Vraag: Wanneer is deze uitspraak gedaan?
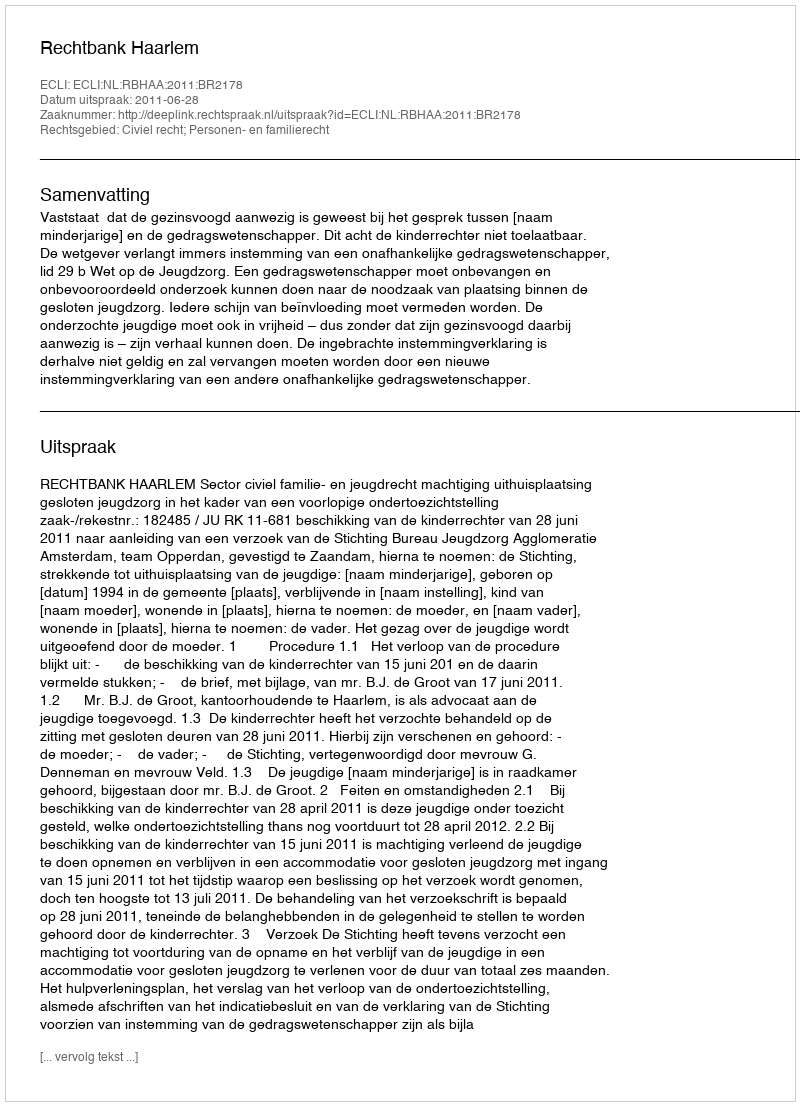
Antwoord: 2011-06-28